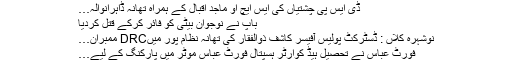
ڈی ایس پی چشتیاں کی ایس ایچ او ماجد اقبال کے ہمراہ تھانہ ڈاہرانوالہ…
باپ نے نوجوان بیٹی کو فائر کرکے قتل کردیا
نوشہرہ کلاں : ڈسٹرکٹ پولیس آفیسر کاشف ذوالفقار کی تھانہ نظام پور میںDRC ممبران…
فورٹ عباس نے تحصیل ہیڈ کوارٹر ہسپتال فورٹ عباس موٹر میں پارکنگ کے لیے…